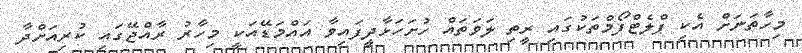
މިހާތަނަށް އެކި ޕްލެޓްފޯމްތަކުގައި ރީތި ލަވަތައް ހުށަހަޅާދީފައިވާ އައްމަޑޭއަކީ މިހާރު ރާއްޖޭގައި ކުރިއަށްދާ